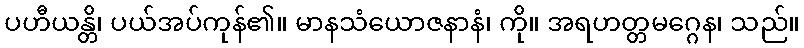
ပဟီယန္တိ၊ ပယ်အပ်ကုန်၏။ မာနသံယောဇနာနံ၊ ကို။ အရဟတ္တမဂ္ဂေန၊ သည်။